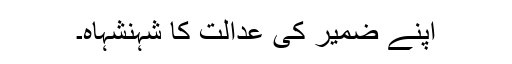
اپنے ضمیر کی عدالت کا شہنشہاہ۔